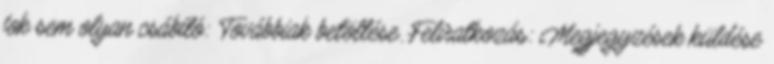
fok sem olyan csábító: Továbbiak betöltése. Feliratkozás: Megjegyzések küldése